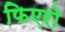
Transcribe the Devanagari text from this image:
फिएरो